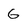
Character: G